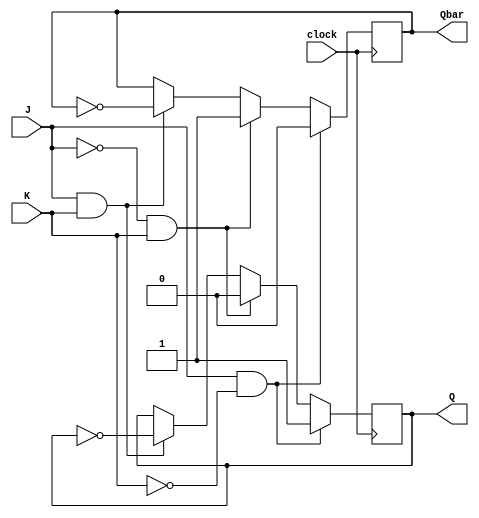
module JK_latch (
    input wire J,
    input wire K,
    input wire clock,
    output reg Q,
    output reg Qbar
);

always @(posedge clock) begin
    if (J & ~K) begin
        Q <= 1;
        Qbar <= 0;
    end else if (~J & K) begin
        Q <= 0;
        Qbar <= 1;
    end else if (J & K) begin
        Q <= ~Q;
        Qbar <= ~Qbar;
    end
    // else do nothing if both J and K are low
end

endmodule